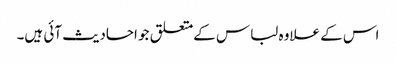
اس کے علاوہ لباس کےمتعلق جو احادیث آئی ہیں۔